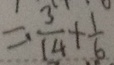
= \frac { 3 } { 1 4 } + \frac { 1 } { 6 }